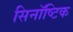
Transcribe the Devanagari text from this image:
सिनॉष्टिक